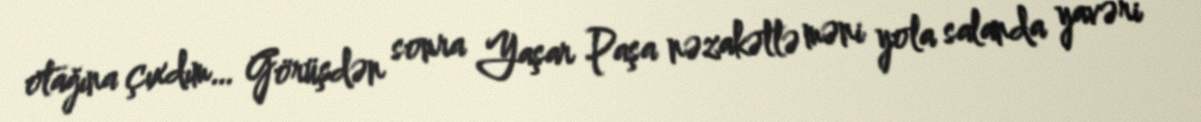
otağına çıxdım… Görüşdən sonra Yaşar Paşa nəzakətlə məni yola salanda yavəri